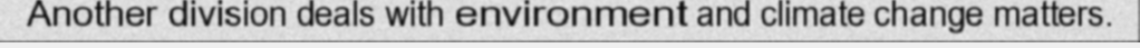
Another division deals with environment and climate change matters.